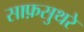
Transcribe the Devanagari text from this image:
साफ़सुथरे